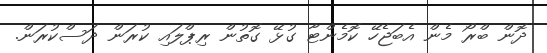
ދޮން ބްރޯ މެން އެބަޖެހޭ ކޮމެންޓާ ގުޅޭ ގޮތުން ރިޕްލައި ކުރަން ދަސްކުރަން.